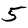
Digit: 5